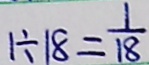
1 \div 1 8 = \frac { 1 } { 1 8 }